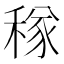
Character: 𥠂